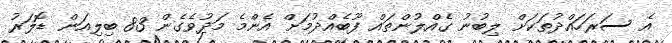
އެ ސަރަހައްދުތަކަށް ލިބުނު ގެއްލުންތައް ފޫބެއްދުމަށް އެންމެ މަދުވެގެން 83 ބިލިއަން ޑޮލަރު